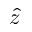
\hat { z }